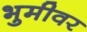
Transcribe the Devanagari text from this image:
भुमीवर